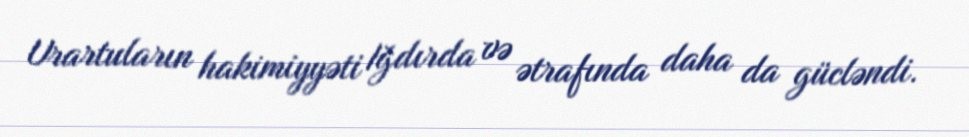
Urartuların hakimiyyəti Iğdırda və ətrafında daha da gücləndi.